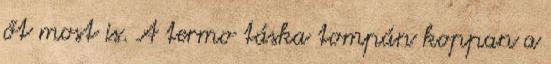
őt most is. A termo táska tompán koppan a